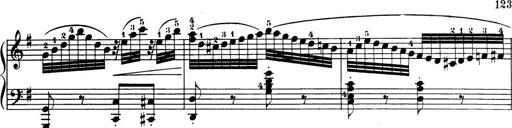
Title: 32 Sonatinas and Rondos for the Piano
Composer: Richard Kleinmichel